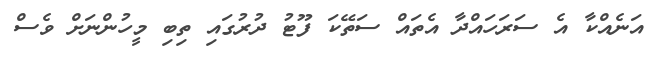
އަނެއްކާ އެ ސަރަހައްދާ އެތައް ސަތޭކަ ފޫޓު ދުރުގައި ތިބި މީހުންނަށް ވެސް